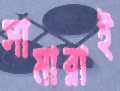
সামারাই